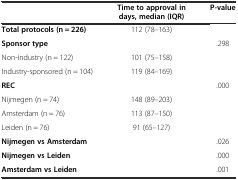
<table><thead><tr><td></td><td><b>Time to approval in days, median (IQR)</b></td><td><b>P-value</b></td></tr></thead><tbody><tr><td><b>Total protocols (n = 226)</b></td><td>112 (78–163)</td><td></td></tr><tr><td><b>Sponsor type</b></td><td></td><td>.298</td></tr><tr><td>Non-industry (n = 122)</td><td>101 (75–158)</td><td></td></tr><tr><td>Industry-sponsored (n = 104)</td><td>119 (84–169)</td><td></td></tr><tr><td><b>REC</b></td><td></td><td>.000</td></tr><tr><td>Nijmegen (n = 74)</td><td>148 (89–203)</td><td></td></tr><tr><td>Amsterdam (n = 76)</td><td>113 (87–150)</td><td></td></tr><tr><td>Leiden (n = 76)</td><td>91 (65–127)</td><td></td></tr><tr><td><b>Nijmegen vs Amsterdam</b></td><td></td><td>.026</td></tr><tr><td><b>Nijmegen vs Leiden</b></td><td></td><td>.000</td></tr><tr><td><b>Amsterdam vs Leiden</b></td><td></td><td>.001</td></tr></tbody></table>